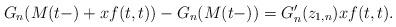
LaTeX: \begin{align*} \begin{aligned} G_n(M(t-)+xf(t,t))-G_n(M(t-)) = G_n'(z_{1,n})xf(t,t). \end{aligned}\end{align*}